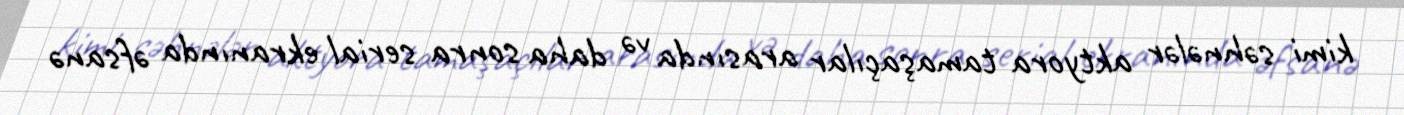
kimi səhnələr aktyora tamaşaçılar arasında və daha sonra serial ekranında əfsanə